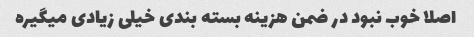
اصلا خوب نبود در ضمن هزینه بسته بندی خیلی زیادی میگیره